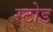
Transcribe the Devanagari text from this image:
स्टोड